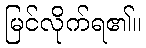
မြင်လိုက်ရ၏။